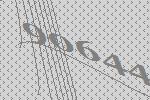
90644